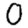
Digit: 0